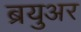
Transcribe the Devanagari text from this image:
ब्रयुअर